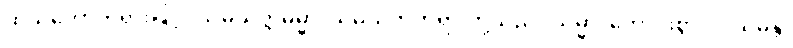
ထိုသဘောတရားဖြင့်။ သမ္ပယုတ္တဓမ္မာ၊ သမ္ပယုတ်တရားတို့သည်။ သမ္မာ၊ ကောင်းစွာ။ ဝါယမန္တိ၊